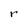
Character: r